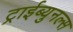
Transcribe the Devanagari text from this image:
ट्राईब्युनल्स